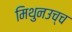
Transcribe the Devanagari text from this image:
मिथुनउच्च